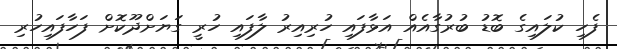
ފެހި ކުލައިގެ ބޮޑު ބުރުގާއެއް އަޅާފައި ހުރިއިރު ލާފައި ހުރީ ގަޔަށްދޫކޮށް ފަހާފައިހުރި